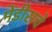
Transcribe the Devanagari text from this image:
मेंडीसचे